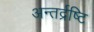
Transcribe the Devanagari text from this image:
अन्तर्द्रष्टि